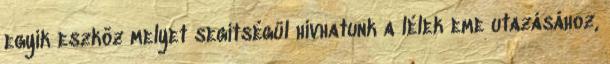
egyik eszköz melyet segítségül hívhatunk a lélek eme utazásához,